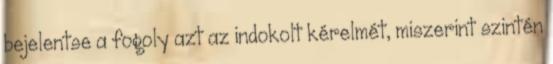
bejelentse a fogoly azt az indokolt kérelmét, miszerint szintén